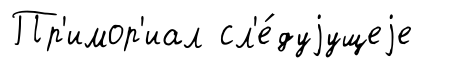
Пр'имор'иал сл'е́дуjущеjе